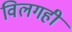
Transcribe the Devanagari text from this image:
विलगही